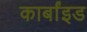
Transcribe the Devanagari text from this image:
कार्बांइड